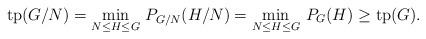
LaTeX: \begin{align*}\mathrm{tp}(G/N) = \min_{N \leq H\leq G}\, P_{G/N}(H/N) = \min_{N \leq H\leq G} \,P_G(H) \geq \mathrm{tp}(G).\end{align*}